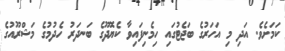
ކަމަށެވެ. އަދި މި އަހަރުގެ ބަޖެޓުގައި ހިމެނިފައިވާ ކެޔޮދޫގެ ބަނދަރު ހެދުމުގެ މަޝްރޫއުގެ